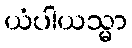
ယံပါယသ္မာ